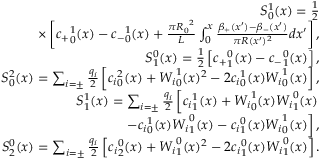
\begin{array} { r l r } & { } & { S _ { 0 } ^ { 1 } ( x ) = \frac { 1 } { 2 } } \\ & { } & { \times \left[ { c _ { + } } _ { 0 } ^ { 1 } ( x ) - { c _ { - } } _ { 0 } ^ { 1 } ( x ) + \frac { \pi { R _ { 0 } } ^ { 2 } } { L } \int _ { 0 } ^ { x } \frac { \beta _ { + } ( x ^ { \prime } ) - \beta _ { - } ( x ^ { \prime } ) } { \pi R ( x ^ { \prime } ) ^ { 2 } } d x ^ { \prime } \right] , } \\ & { } & { S _ { 1 } ^ { 0 } ( x ) = \frac { 1 } { 2 } \left[ { c _ { + } } _ { 1 } ^ { 0 } ( x ) - { c _ { - } } _ { 1 } ^ { 0 } ( x ) \right] , } \\ & { } & { S _ { 0 } ^ { 2 } ( x ) = \sum _ { i = \pm } \frac { q _ { i } } { 2 } \left[ { c _ { i } } _ { 0 } ^ { 2 } ( x ) + { W _ { i } } _ { 0 } ^ { 1 } ( x ) ^ { 2 } - 2 { c _ { i } } _ { 0 } ^ { 1 } ( x ) { W _ { i } } _ { 0 } ^ { 1 } ( x ) \right] , } \\ & { } & { S _ { 1 } ^ { 1 } ( x ) = \sum _ { i = \pm } \frac { q _ { i } } { 2 } \left[ { c _ { i } } _ { 1 } ^ { 1 } ( x ) + { W _ { i } } _ { 0 } ^ { 1 } ( x ) { W _ { i } } _ { 1 } ^ { 0 } ( x ) \right. } \\ & { } & { \qquad \qquad \qquad \qquad \left. - { c _ { i } } _ { 0 } ^ { 1 } ( x ) { W _ { i } } _ { 1 } ^ { 0 } ( x ) - { c _ { i } } _ { 1 } ^ { 0 } ( x ) { W _ { i } } _ { 0 } ^ { 1 } ( x ) \right] , } \\ & { } & { S _ { 2 } ^ { 0 } ( x ) = \sum _ { i = \pm } \frac { q _ { i } } { 2 } \left[ { c _ { i } } _ { 2 } ^ { 0 } ( x ) + { W _ { i } } _ { 1 } ^ { 0 } ( x ) ^ { 2 } - 2 { c _ { i } } _ { 1 } ^ { 0 } ( x ) { W _ { i } } _ { 1 } ^ { 0 } ( x ) \right] . } \end{array}